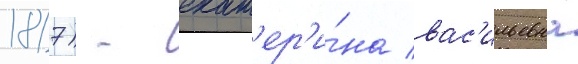
1817) - екат'ер'и́на вас'ильевна